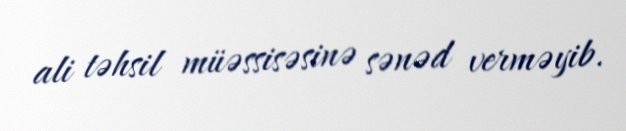
ali təhsil müəssisəsinə sənəd verməyib.